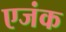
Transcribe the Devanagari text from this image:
एजंक